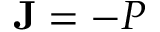
\mathbf { J } = - P